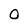
Character: 0